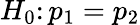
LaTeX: H_{0}\colon p_{1}=p_{2}